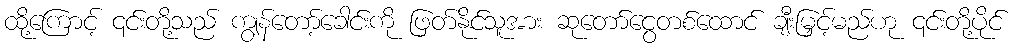
ထို့ကြောင့် ၎င်းတို့သည် ကျွန်တော့်ခေါင်းကို ဖြတ်နိုင်သူအား ဆုတော်ငွေတစ်ထောင် ချီးမြှင့်မည်ဟု ၎င်းတို့ပိုင်